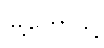
မြို့တော်သို့